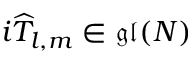
i \widehat { T } _ { l , m } \in \mathfrak { g l } ( N )